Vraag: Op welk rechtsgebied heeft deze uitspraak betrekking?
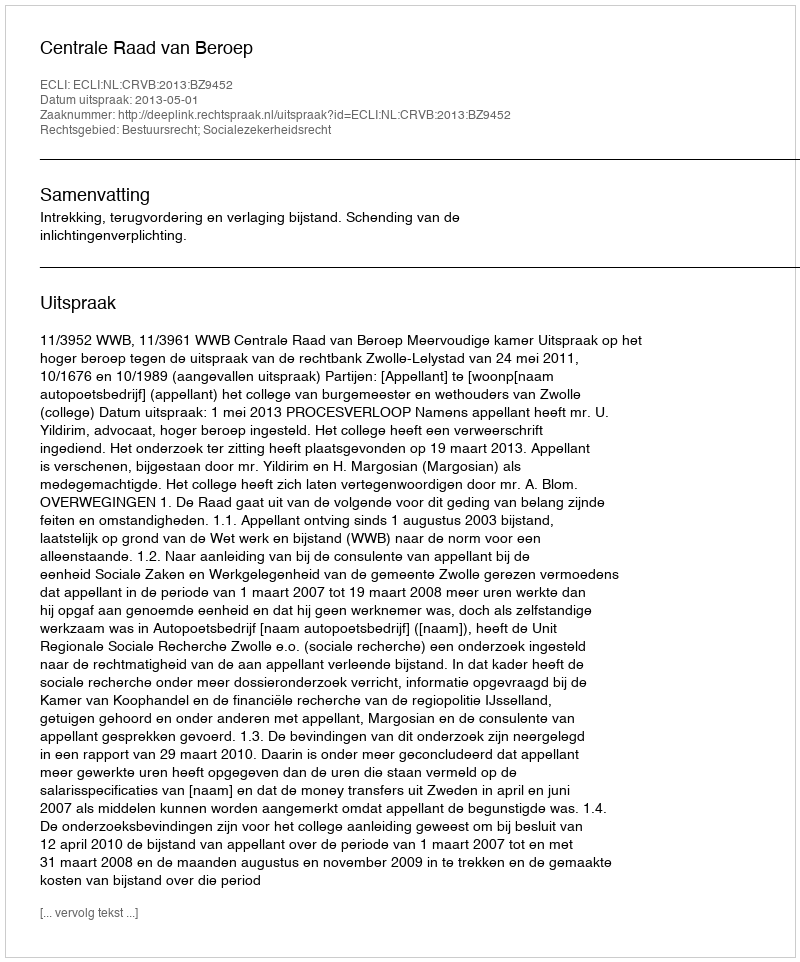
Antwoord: Bestuursrecht; Socialezekerheidsrecht